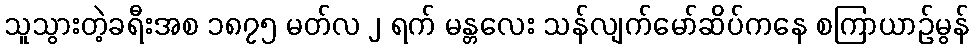
သူသွားတဲ့ခရီးအစ ၁၈၇၅ မတ်လ ၂ ရက် မန္တလေး သန်လျက်မော်ဆိပ်ကနေ စကြာယာဉ်မွန်